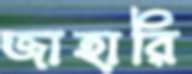
জাহারি